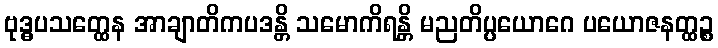
ဗုဒ္ဓပသတ္ထေန အာချာတိကပဒန္တိ သမောကိရန္တိ မညတိပ္ပယောဂေ ပယောဇနတ္ထဉ္စ